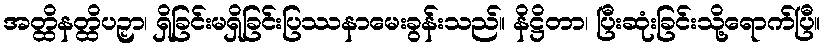
အတ္ထိနတ္ထိပဉှာ၊ ရှိခြင်းမရှိခြင်းပြဿနာမေးခွန်းသည်။ နိဋ္ဌိတာ၊ ပြီးဆုံးခြင်းသို့ရောက်ပြီ။